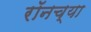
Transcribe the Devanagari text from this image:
रॉनच्या